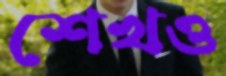
শেখও